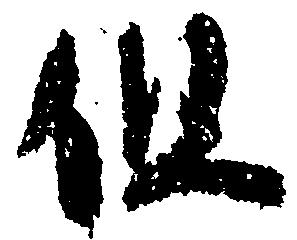
但